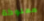
مملوكة